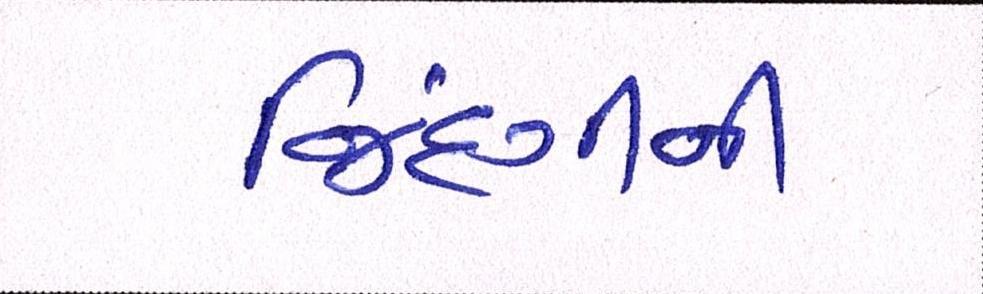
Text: જિંદગીની